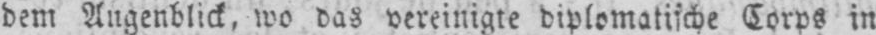
dem Augenblick, wo das vereinigte diplomatische Corps in